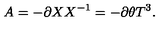
A = - \partial X X ^ { - 1 } = - \partial \theta T ^ { 3 } .